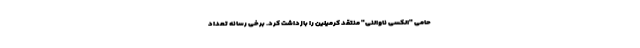
حامی "الکسی ناوالنی" منتقد کرمیلین را بازداشت کرد. برخی رسانه تعداد